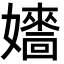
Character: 𡣰